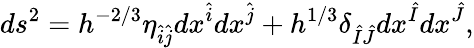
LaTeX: ds^{2}=h^{-2/3}\eta_{\hat{i}\hat{j}}dx^{\hat{i}}dx^{\hat{j}}+h^{1/3}\delta_{\hat{I}\hat{J}}dx^{\hat{I}}dx^{\hat{J}},